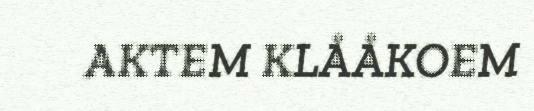
AKTEM KLÅÅKOEM